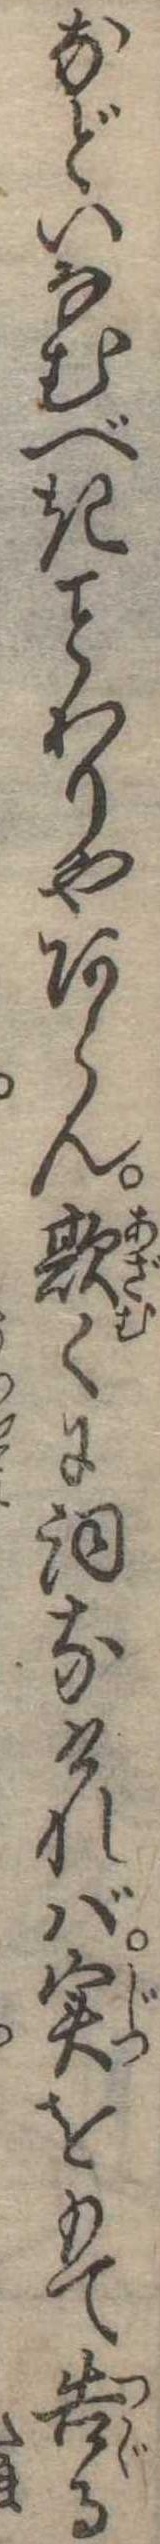
などいなむべきわりやあらん欺くに詞なければ実をもて告る